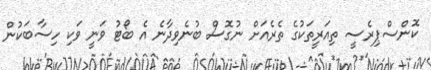
ކޮންސްޕިރެސީ ތިއަރީތަކުގެ ތެރެއަށް ނުގޮސް ބުނެވިދާނެ އެ ބޯޓު ވަނީ ވަކި ހިސާބަކުން